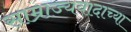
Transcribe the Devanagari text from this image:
साम्राज्यवादाच्या